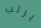
يرتب